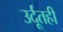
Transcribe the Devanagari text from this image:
उर्दूतही